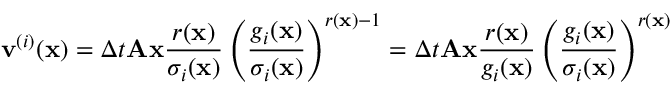
\mathbf v ^ { ( i ) } ( \mathbf x ) = \Delta t \mathbf A \mathbf x \frac { r ( \mathbf x ) } { \sigma _ { i } ( \mathbf x ) } \left( \frac { g _ { i } ( \mathbf x ) } { \sigma _ { i } ( \mathbf x ) } \right) ^ { r ( \mathbf x ) - 1 } = \Delta t \mathbf A \mathbf x \frac { r ( \mathbf x ) } { g _ { i } ( \mathbf x ) } \left( \frac { g _ { i } ( \mathbf x ) } { \sigma _ { i } ( \mathbf x ) } \right) ^ { r ( \mathbf x ) }